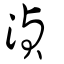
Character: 湞